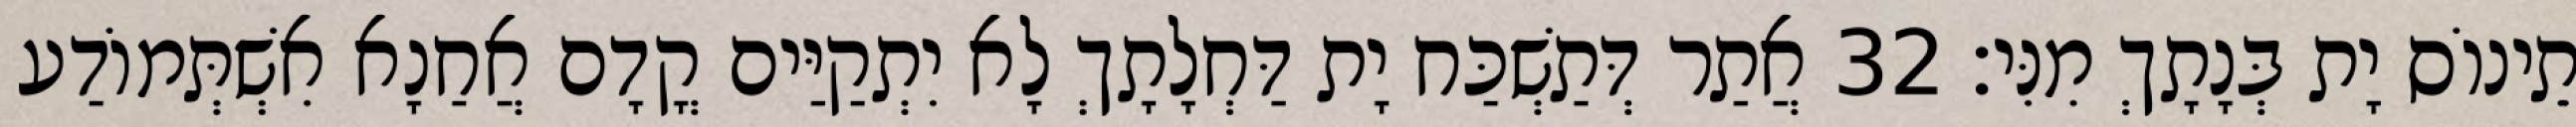
תֵינוֹס יָת בְּנָתָךְ מִנִּי׃ 32 אֲתַר דְּתַשְׁכַּח יָת דַּחְלָתָךְ לָא יִתְקַיַּים קֳדָם אֲחַנָא אִשְׁתְּמוֹדַע